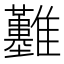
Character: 𩁬